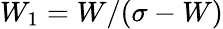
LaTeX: W_{1}=W/(\sigma-W)